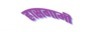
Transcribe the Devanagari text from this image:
ह्रासगामी